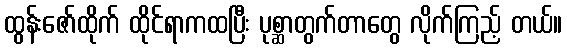
ထွန်းဇော်ထိုက် ထိုင်ရာကထပြီး ပုစ္ဆာတွက်တာတွေ လိုက်ကြည့် တယ်။